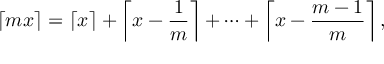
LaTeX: \lceil m x \rceil = \left\lceil x \right\rceil + \left\lceil x - { \frac { 1 } { m } } \right\rceil + \dots + \left\lceil x - { \frac { m - 1 } { m } } \right\rceil ,